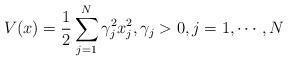
LaTeX: \begin{align*} V(x) = \frac{1}{2} \sum_{j=1}^{N} \gamma_j^2 x_j^2, \gamma_j>0, j=1, \cdots, N\end{align*}